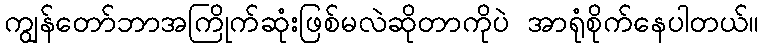
ကျွန်တော်ဘာအကြိုက်ဆုံးဖြစ်မလဲဆိုတာကိုပဲ အာရုံစိုက်နေပါတယ်။